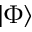
\vert \Phi \rangle